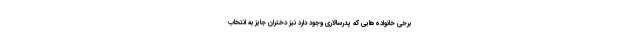
برخی خانواده‌هایی که پدرسالاری وجود دارد نیز دختران جایز به انتخاب